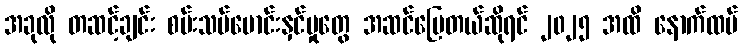
အခုလို တဆင့်ချင်း စမ်းသပ်မောင်းနှင်မှုတွေ အဆင်ပြေတယ်ဆိုရင် ၂၀၂၅ အထိ နောက်ထပ်